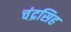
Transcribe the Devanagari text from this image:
चंद्रसिह